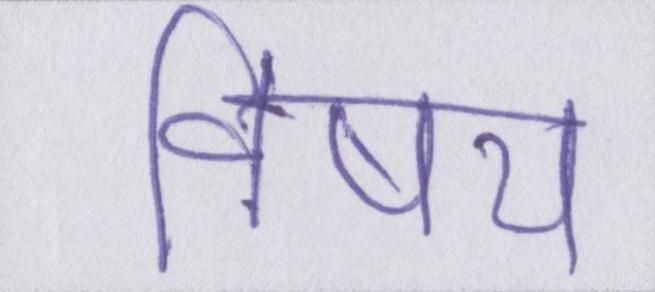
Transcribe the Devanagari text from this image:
विषय